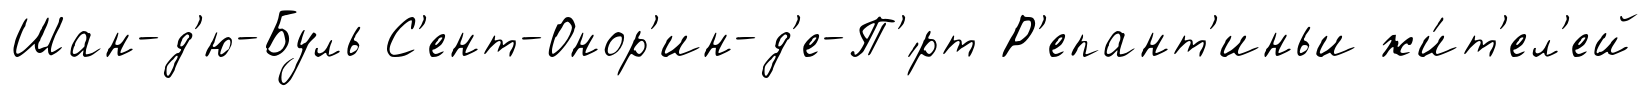
Шан-д'ю-Буль С'ент-Онор'ин-д'е-П'́рт Р'епант'иньи жи́т'ел'ей